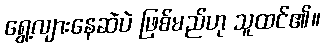
ရွေ့လျားနေဆဲပဲ ဖြစ်မည်ဟု သူထင်၏။